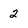
Character: 2